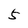
Character: 5